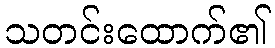
သတင်းထောက်၏